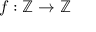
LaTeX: f : \mathbb { Z } \to \mathbb { Z }